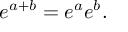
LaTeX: e ^ { a + b } = e ^ { a } e ^ { b } .